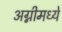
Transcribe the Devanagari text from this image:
अग्नीमध्ये